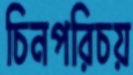
চিনপরিচয়